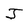
Character: J